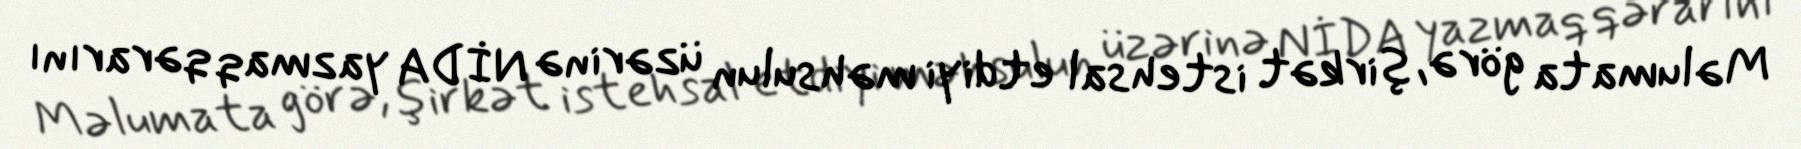
Məlumata görə, şirkət istehsal etdiyi məhsulun üzərinə NİDA yazmaq qərarını